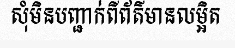
សុំមិនបញ្ជាក់ពីព័ត៌មានលម្អិត